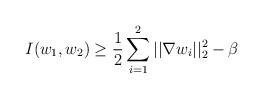
LaTeX: \begin{align*}I(w_1,w_2)&\geq \dfrac{1}{2}\sum\limits_{i=1}^{2}{||\nabla w_i||^2_2-\beta}\end{align*}